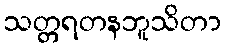
သတ္တရတနဘူသိတာ